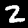
Digit: 2